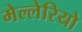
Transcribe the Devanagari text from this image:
मेल्लेरियो